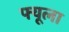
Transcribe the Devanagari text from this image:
फ्यूला